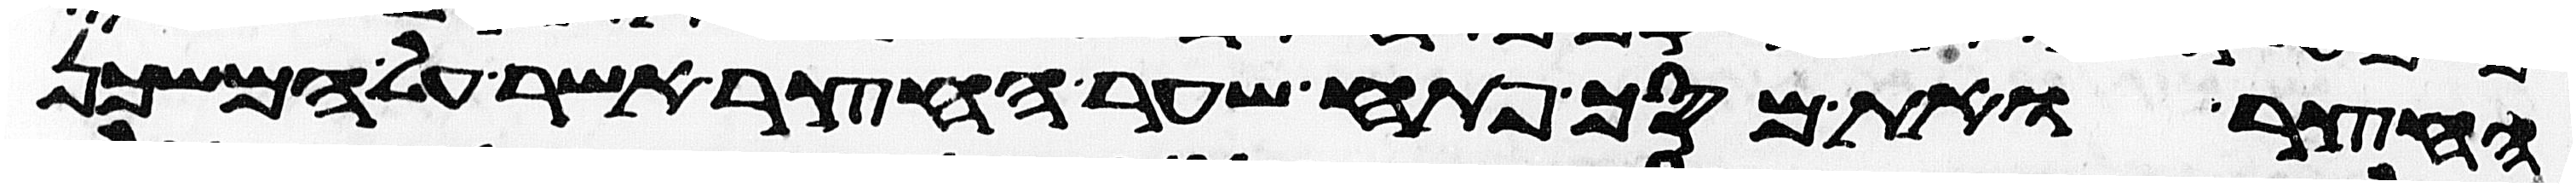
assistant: החצר ואת מסך פתח שער החצר אשר על המשכן